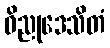
ဝိညုဒေသိတံ